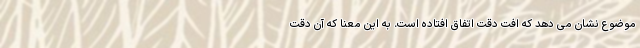
موضوع نشان می دهد که افت دقت اتفاق افتاده است. به این معنا که آن دقت